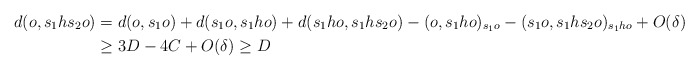
\begin{align*}d(o, s_1 h s_2 o) & = d(o, s_1 o) + d(s_1 o, s_1 h o) + d(s_1 h o, s_1 h s_2 o) - (o, s_1 h o)_{s_1 o} - (s_1 o, s_1 h s_2 o)_{s_1 h o} + O(\delta) \\& \geq 3 D - 4 C + O(\delta) \geq D\end{align*}